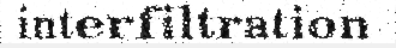
interfiltration